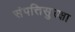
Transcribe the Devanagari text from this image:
संपत्तिसुरक्षा